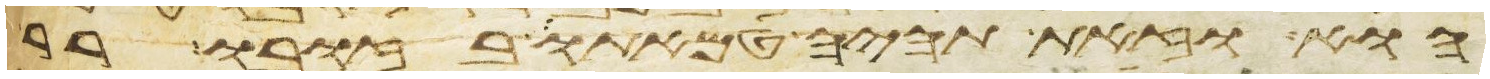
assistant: הוא וזאת תהיה טמאתו בזובו רר